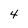
Character: 4